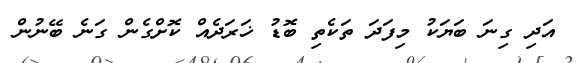
އަދި ގިނަ ބަޔަކު މިފަދަ ތަކެތި ބޮޑު ޚަރަދެއް ކޮށްގެން ގަނެ ބޭނުން